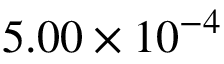
5 . 0 0 \times 1 0 ^ { - 4 }